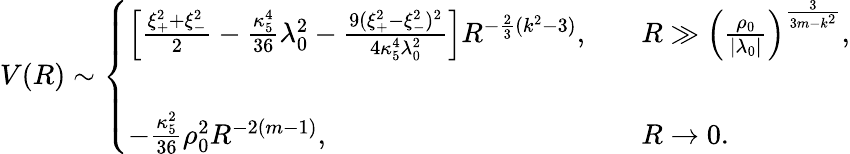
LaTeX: V(R)\sim\left\{ \begin{array}{lll}{{\left[{\frac{\xi_{+}^{2}+\xi_{-}^{2}}{2}}-{\frac{\kappa_{5}^{4}}{36}}\lambda_{0}^{2}-{\frac{9(\xi_{+}^{2}-\xi_{-}^{2})^{2}}{4\kappa_{5}^{4}\lambda_{0}^{2}}}\right]R^{-{\frac{2}{3}}(k^{2}-3)},}}&{{}}&{{R\gg\left({\frac{\rho_{0}}{|\lambda_{0}|}}\right)^{\frac{3}{3m-k^{2}}},}}\\ {{}}&{{}}&{{}}\\ {{-{\frac{\kappa_{5}^{2}}{36}}\rho_{0}^{2}R^{-2(m-1)},}}&{{}}&{{R\rightarrow 0.}}\end{array}\right.